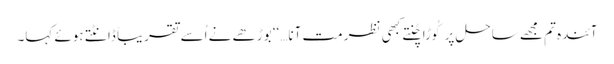
آئندہ تم مجھے ساحل پر کُوڑا چُنتےکبھی نظر مت آنا…‘‘ بوڑھے نے اُسے تقریباً ڈانٹتے ہوئے کہا۔